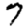
Digit: 7